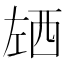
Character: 𰏌